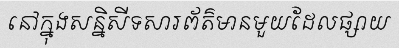
នៅក្នុងសន្និសីទសារព័ត៌មានមួយដែលផ្សាយ